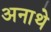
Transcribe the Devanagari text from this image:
अनाथे